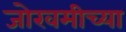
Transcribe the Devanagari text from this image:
जोखमीच्या